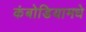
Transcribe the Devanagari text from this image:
कंबोडियामधे